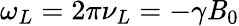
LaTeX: \omega_{L}=2\pi\nu_{L}=-\gamma\mathit{B}_{0}